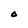
Character: O